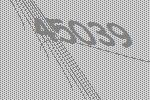
45039